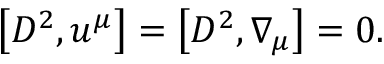
\left[ { \cal D } ^ { 2 } , u ^ { \mu } \right] = \left[ { \cal D } ^ { 2 } , \nabla _ { \mu } \right] = 0 .